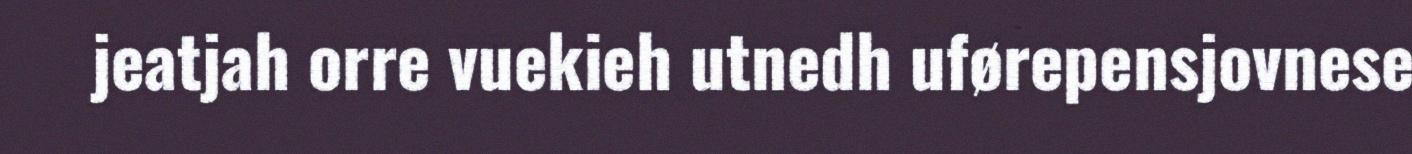
jeatjah orre vuekieh utnedh uførepensjovnese